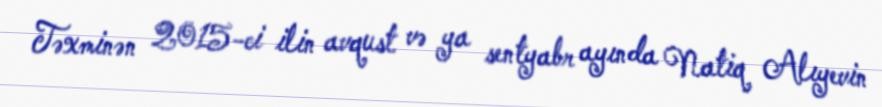
Təxminən 2015-ci ilin avqust və ya sentyabr ayında Natiq Alıyevin